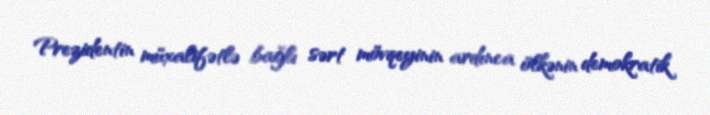
Prezidentin müxalifətlə bağlı sərt mövqeyinin ardınca ölkənin demokratik